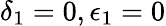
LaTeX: \delta_{1}=0,\epsilon_{1}=0